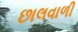
છાલવાળી